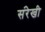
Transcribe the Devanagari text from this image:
संरेखी